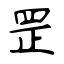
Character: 罡